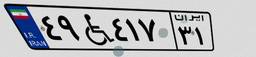
۴۹W۴۱۷۳۱